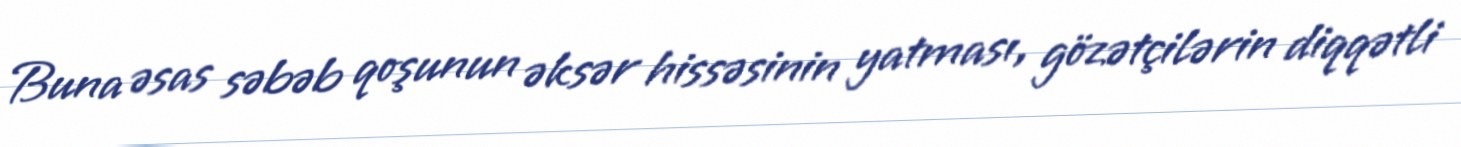
Buna əsas səbəb qoşunun əksər hissəsinin yatması, gözətçilərin diqqətli